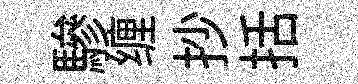
驂缠抄括